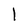
Character: l